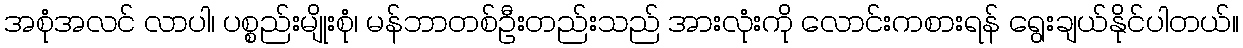
အစုံအလင် လာပါ၊ ပစ္စည်းမျိုးစုံ၊ မန်ဘာတစ်ဦးတည်းသည် အားလုံးကို လောင်းကစားရန် ရွေးချယ်နိုင်ပါတယ်။